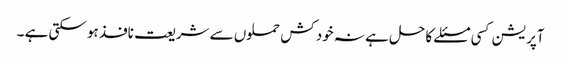
آپریشن کسی مسئلے کا حل ہے نہ خود کش حملوں سے شریعت نافذ ہو سکتی ہے ۔